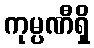
ကုမ္ပဏီရှိ